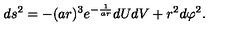
d s ^ { 2 } = - ( a r ) ^ { 3 } e ^ { - \frac { 1 } { a r } } d U d V + r ^ { 2 } d \varphi ^ { 2 } .